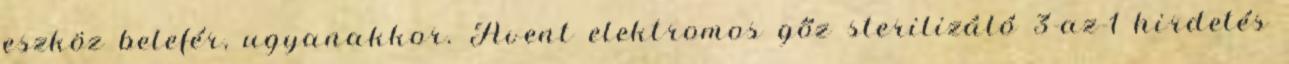
eszköz belefér, ugyanakkor. Avent elektromos gőz sterilizáló 3-az-1 hirdetés